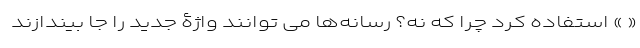
« » استفاده کرد چرا که نه؟ رسانه‌ها می توانند واژۀ جدید را جا بیندازند